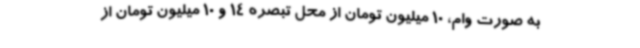
به صورت وام، 10 میلیون تومان از محل تبصره 14 و 10 میلیون تومان از